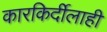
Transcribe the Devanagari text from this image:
कारकिर्दीलाही